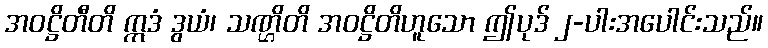
အဝဋ္ဌိတီတိ ဣဒံ ဒွယံ၊ သဏ္ဌိတိ အဝဋ္ဌိတိဟူသော ဤပုဒ် ၂-ပါးအပေါင်းသည်။